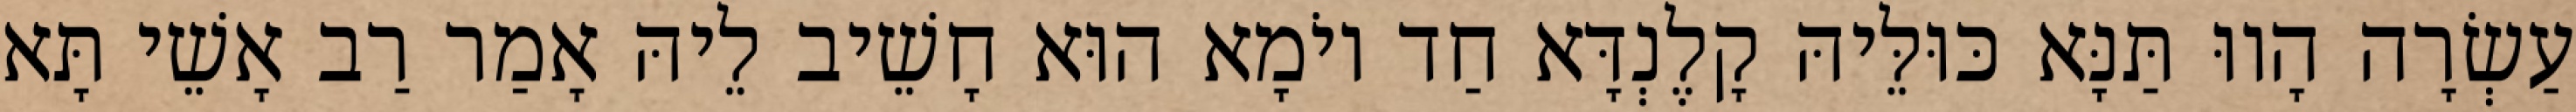
עַשְׂרָה הָווּ תַּנָּא כּוּלֵּיהּ קָלֶנְדָּא חַד יוֹמָא הוּא חָשֵׁיב לֵיהּ אָמַר רַב אָשֵׁי תָּא